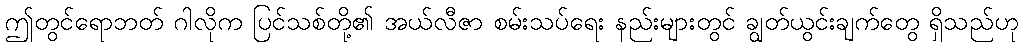
ဤတွင်ရောဘတ် ဂါလိုက ပြင်သစ်တို့၏ အယ်လီဇာ စမ်းသပ်ရေး နည်းများတွင် ချွတ်ယွင်းချက်တွေ ရှိသည်ဟု